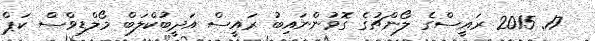
17